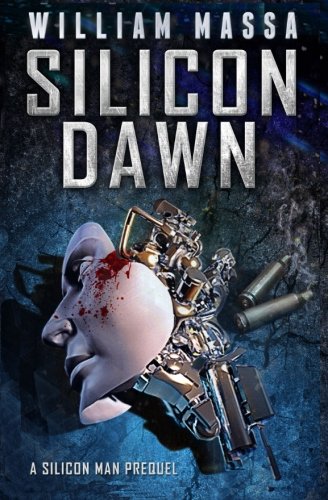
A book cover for Silicon Dawn (SILICON SERIES) (Volume 1); William Massa; Science Fiction & Fantasy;